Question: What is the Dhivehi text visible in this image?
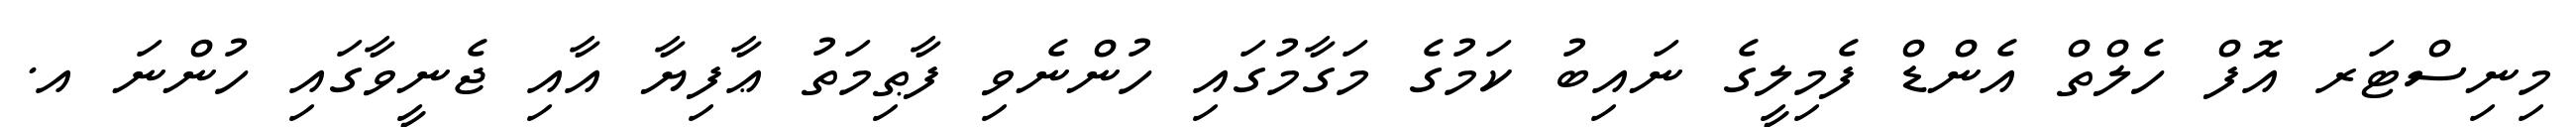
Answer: މިނިސްޓަރ އޮފް ހެލްތް އެންޑް ފެމިލީގެ ނައިބު ކަމުގެ މަގާމުގައި ހުންނެވި ފާޠިމަތު ޢާފިޔާ އާއި ޖެނީވާގައި ހުންނަ އ.